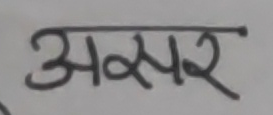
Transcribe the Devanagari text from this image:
असर